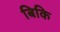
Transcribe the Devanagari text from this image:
बिकि